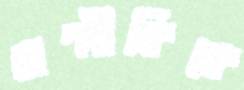
বাল্মীকিকে